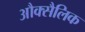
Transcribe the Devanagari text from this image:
औक्सैलिक